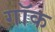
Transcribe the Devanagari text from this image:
गॉक